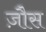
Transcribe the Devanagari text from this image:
ज़ौस